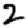
Digit: 2